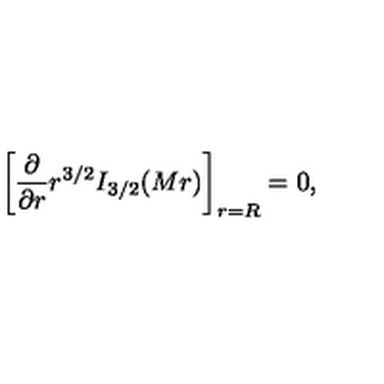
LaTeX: \left[ { \frac { \partial } { \partial r } } r ^ { 3 / 2 } I _ { 3 / 2 } ( M r ) \right] _ { r = R } = 0 ,